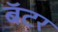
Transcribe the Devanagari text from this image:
बॅटर